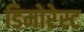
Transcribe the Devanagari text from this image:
डिमोरेस्ट